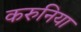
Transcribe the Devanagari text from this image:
करुनिया